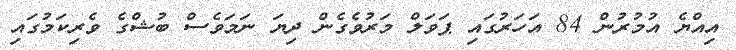
އިއްޔެ އުމުރުން 84 އަހަރުގައި ޕަވަލް މަރުވެގެން ދިޔަ ނަމަވެސް ބުޝްގެ ވެރިކަމުގައި